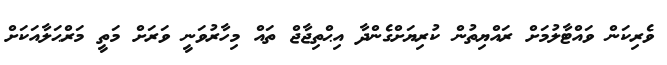
ވެރިކަން ވައްޓާލުމަށް ރައްޔިތުން ކުރިޔަށްގެންދާ އިޙްތިޖާޖް ތައް މިހާރުވަނީ ވަރަށް މަތީ މަރްޙަލާއަކަށް